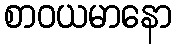
စာဝယမာနော